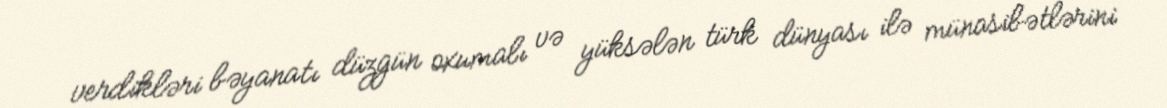
verdikləri bəyanatı düzgün oxumalı və yüksələn türk dünyası ilə münasibətlərini